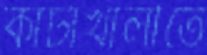
কাঁটাখালীতে